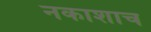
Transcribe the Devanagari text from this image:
नकाशाच